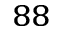
^ { 8 8 }